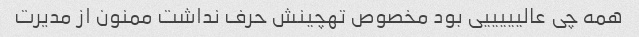
همه چی عالیییییی بود مخصوص تهچینش حرف نداشت ممنون از مدیرت